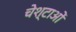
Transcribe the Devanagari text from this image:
चेश्टाओं